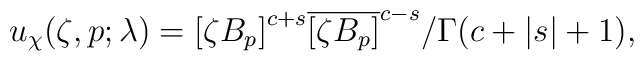
u_\chi(\zeta,p;\lambda)=  {[\zeta B_p]}^{c+s} {\overline{[\zeta B_p]}}  ^{c-s} / \Gamma(c+|s|+1) ,